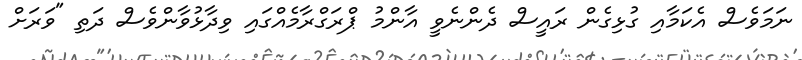
ނަމަވެސް އެކަމާއި ގުޅިގެން ރައީސް ދެންނެވީ އާންމު ޕްރަގްރާމެއްގައި ވިދާޅުވާންވެސް ދަތި "ވަރަށް